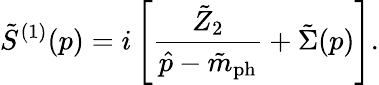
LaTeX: \tilde{S}^{(1)}(p)=i\left[\frac{\tilde{Z}_{2}}{\hat{p}-\tilde{m}_{\mathrm{ph}}}+\tilde{\Sigma}(p)\right].